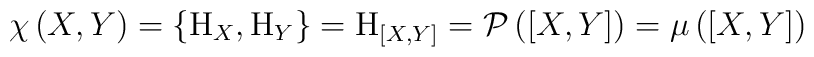
\chi\,(X,Y)=\{{\rm H}_X,{\rm H}_Y\}={\rm H}_{[X,Y]}={\cal P}\,([X,Y])=\mu\,([X,Y])